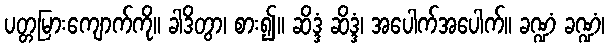
ပတ္တမြားကျောက်ကို။ ခါဒိတွာ၊ စား၍။ ဆိဒ္ဒံ ဆိဒ္ဒံ၊ အပေါက်အပေါက်။ ခဏ္ဍံ ခဏ္ဍံ၊